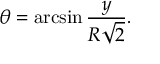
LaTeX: \theta = \arcsin { \frac { y } { R { \sqrt { 2 } } } } .